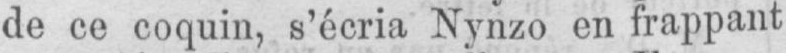
de ce coquin, s’écria Nynzo en frappant